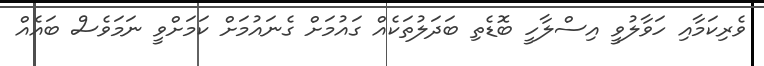
ވެރިކަމާއި ހަވާލުވީ އިސްލާހީ ބޮޑެތި ބަދަލުތަކެއް ގައުމަށް ގެނައުމަށް ކަމަށްވީ ނަމަވެސް ބައެއް